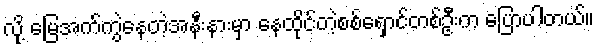
လို့ မြေအက်ကွဲနေတဲ့အနီးနားမှာ နေထိုင်တဲ့စစ်ရှောင်တစ်ဦးက ပြောပါတယ်။